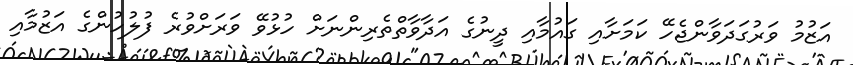
އަޒުމު ވަރުގަދަވާންޖެހޭ ކަމަށާއި ގައުމާއި ދީނުގެ އަދާވާތްތެރިންނަށް ހުޅުވޭ ވަރަށްވުރެ ފުލުހުންގެ އަޒުމާއި